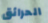
الحرائق